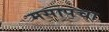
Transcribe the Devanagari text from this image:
मसापचा